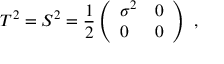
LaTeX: T ^ { 2 } = S ^ { 2 } = \frac { 1 } { 2 } \left( \begin{array} { l l } { { \sigma ^ { 2 } } } & { { 0 } } \\ { { 0 } } & { { 0 } } \end{array} \right) \ ,